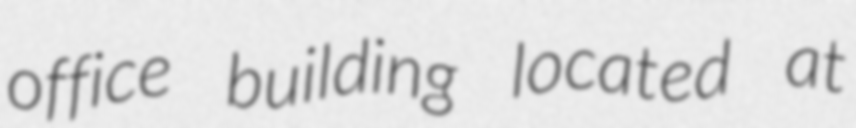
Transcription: office building located at